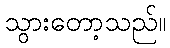
သွားတော့သည်။